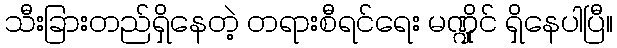
သီးခြားတည်ရှိနေတဲ့ တရားစီရင်ရေး မဏ္ဍိုင် ရှိနေပါပြီ။